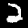
Digit: 2